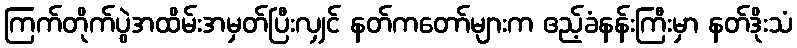
ကြက်တိုက်ပွဲအထိမ်းအမှတ်ပြီးလျှင် နတ်ကတော်များက ဧည့်ခံနန်းကြီးမှာ နတ်ဒိုးသံ